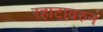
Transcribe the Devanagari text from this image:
रहाटावरुन